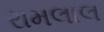
રામલાલ